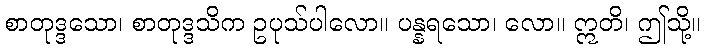
စာတုဒ္ဒသော၊ စာတုဒ္ဒသိက ဥပုသ်ပါလော။ ပန္နရသော၊ လော။ ဣတိ၊ ဤသို့။